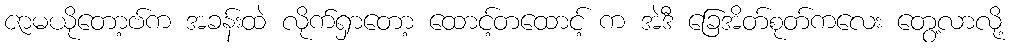
ဇာမယိုတော့ဗ်က အခန်းထဲ လိုက်ရှာတော့ ထောင့်တထောင့် က အဲဒီ ခြေအိတ်စုတ်ကလေး တွေ့လာလို့